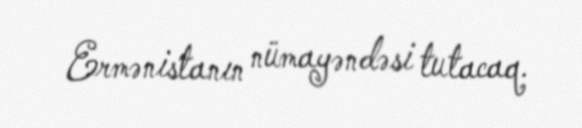
Ermənistanın nümayəndəsi tutacaq.